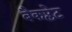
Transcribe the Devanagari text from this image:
बैकप्लेट